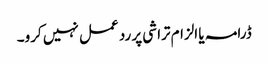
ڈرامہ یا الزام تراشی پر رد عمل نہیں کرو۔